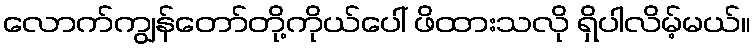
လောက်ကျွန်တော်တို့ကိုယ်ပေါ် ဖိထားသလို ရှိပါလိမ့်မယ်။